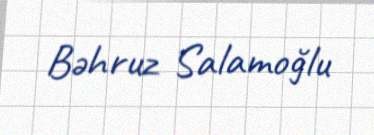
Bəhruz Salamoğlu